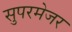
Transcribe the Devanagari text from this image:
सुपरमेजर